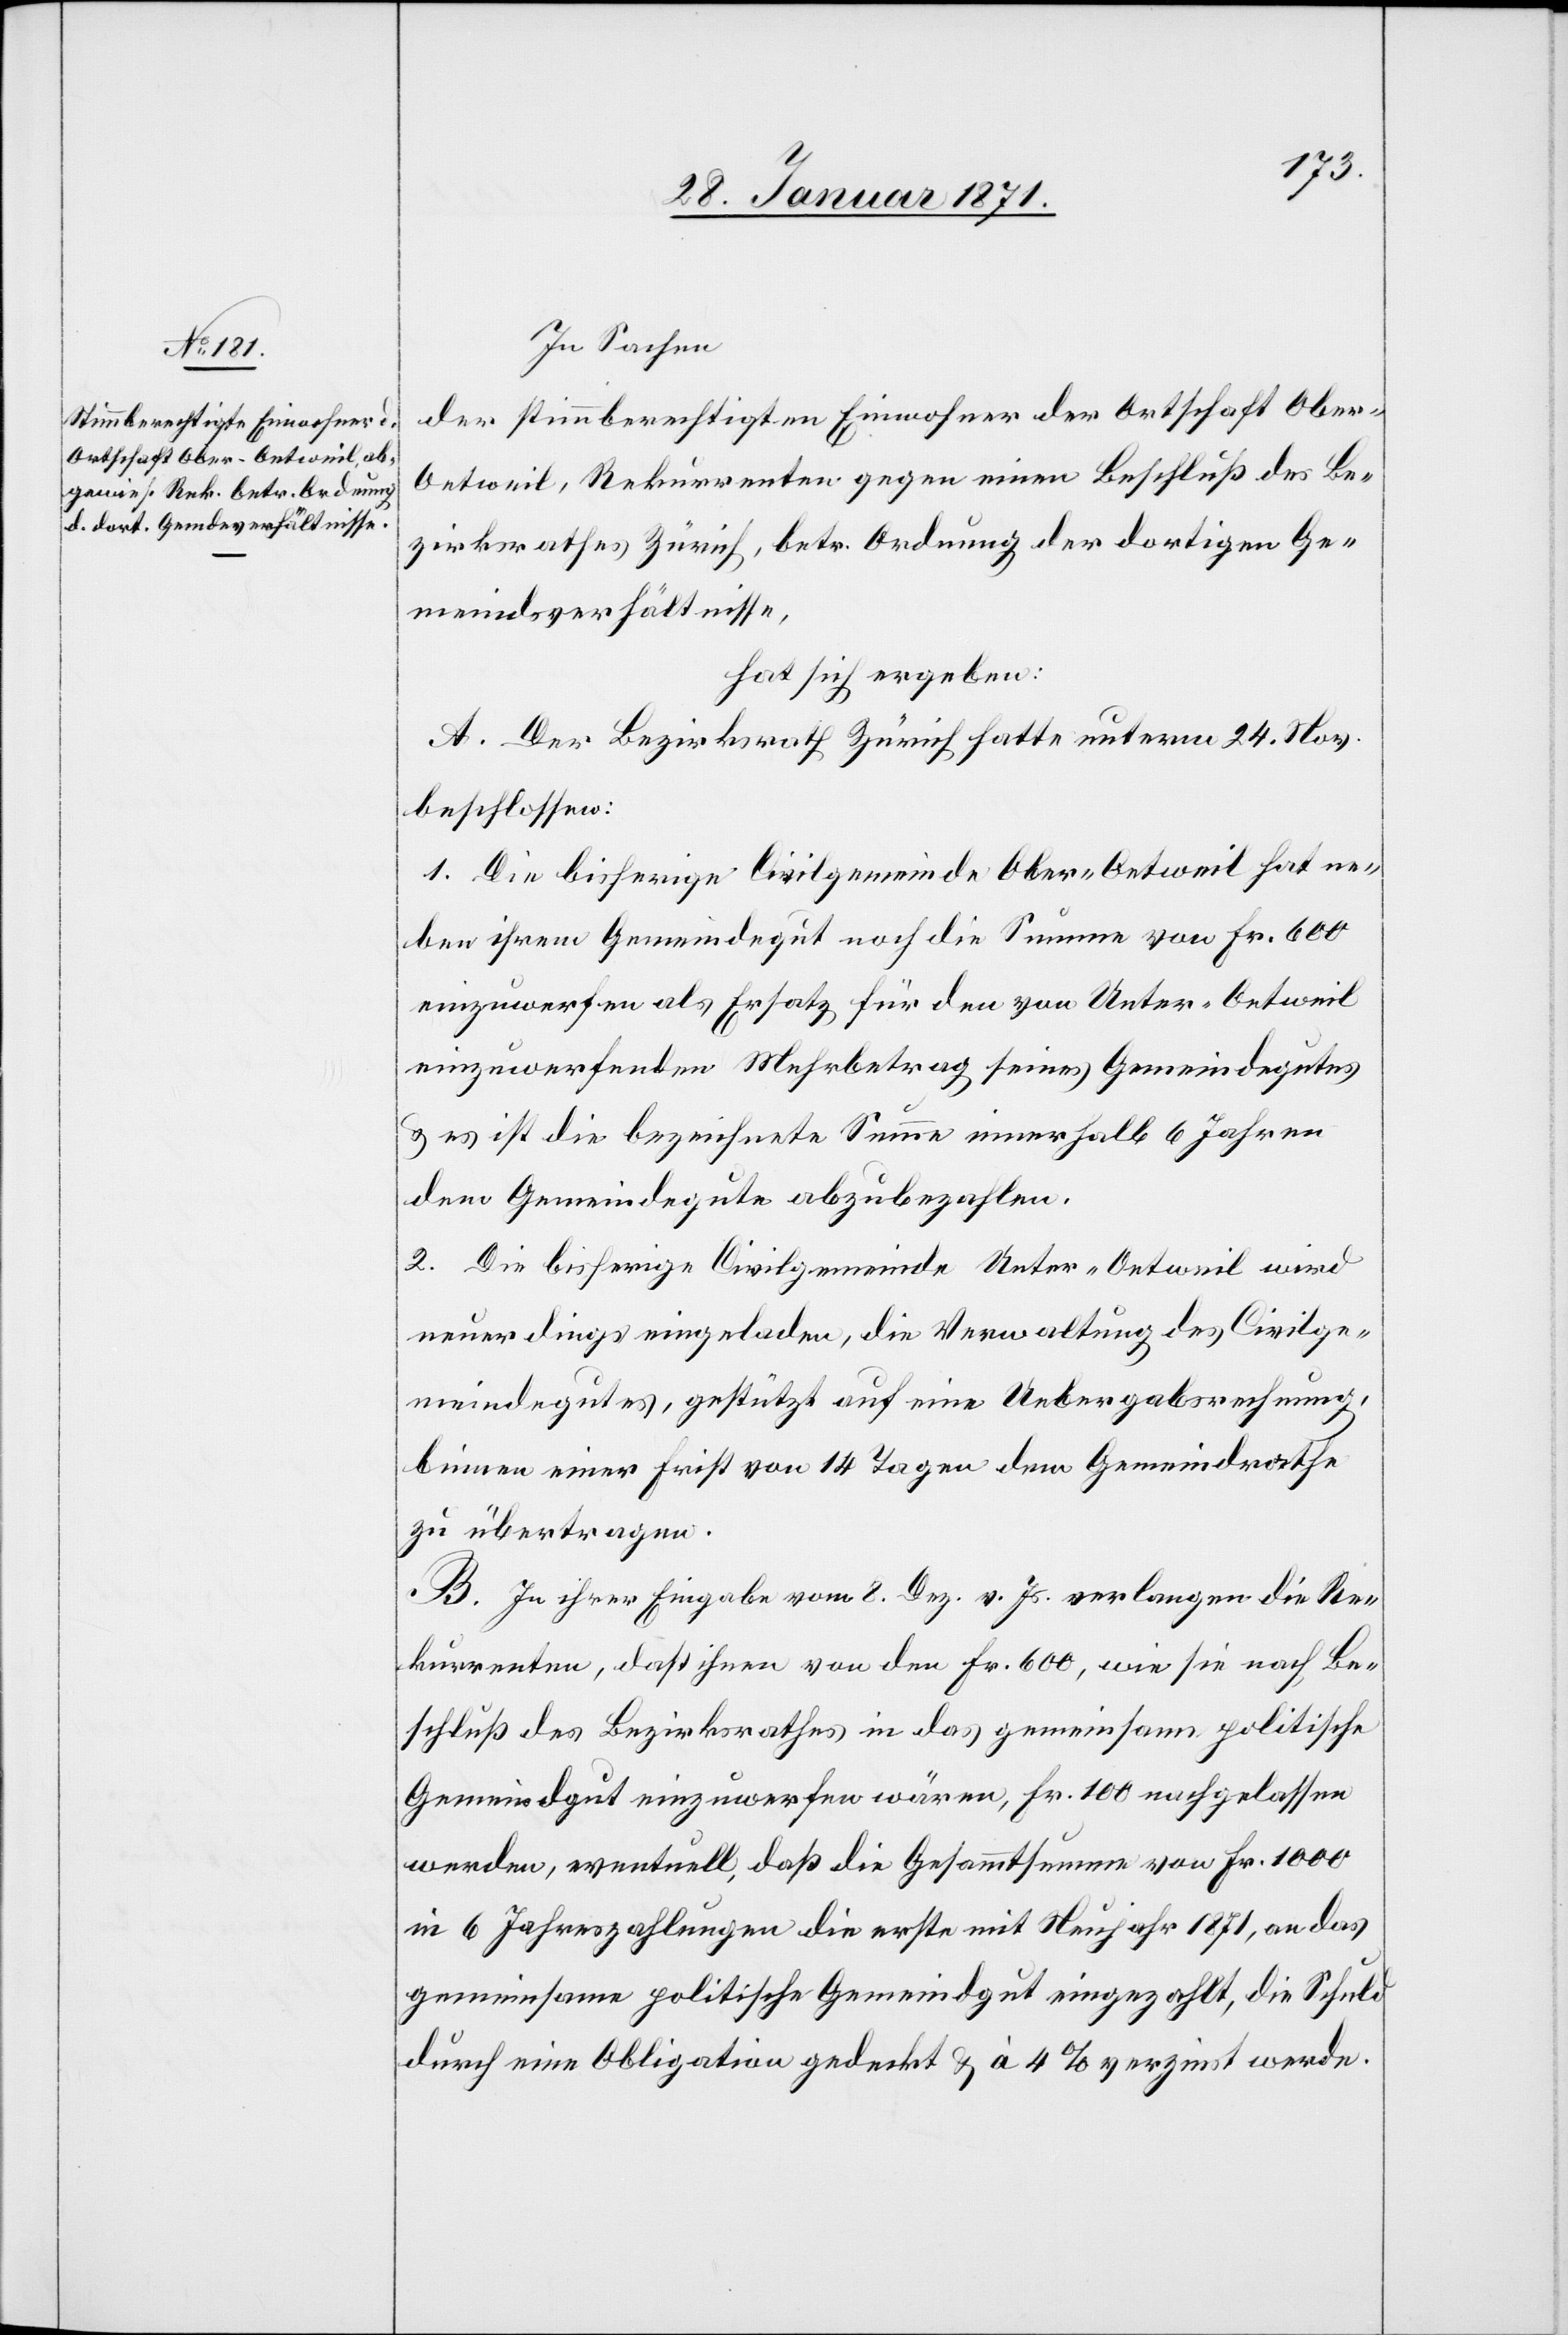
In Sachen
der stimmberechtigten Einwohner der Ortschaft Ober-O¬
etweil, Rekurrenten gegen einen Beschluß des Be¬
zirksrathes Zürich, betr. Ordnung der dortigen Ge¬
meindsverhältnisse,
hat sich ergeben:
A. Der Bezirksrath Zürich hatte unterm 24. Nov.
beschlossen:
1. Die bisherige Civilgemeinde Ober-Oetweil hat ne¬
ben ihrem Gemeindegut noch die Summe von Fr. 600
einzuwerfen als Ersatz für den von Unter-Oetweil
einzuwerfenden Mehrbetrag seines Gemeindegutes
u. es ist die bezeichnete Summe innerhalb 6 Jahren
dem Gemeindegute abzubezahlen.
2. Die bisherige Civilgemeinde Unter-Oetweil wird
neuerdings eingeladen, die Verwaltung des Civilge¬
meindegutes, gestützt auf eine Uebergabsrechnung,
binnen einer Frist von 14 Tagen dem Gemeindrathe
zu übertragen.
B. In ihrer Eingabe vom 8. Dez. v. Js. verlangen die Re¬
kurrenten, daß ihnen von den Fr. 600, wie sie nach Be¬
schluß des Bezirksrathes in das gemeinsame politische
Gemeindgut einzuwerfen wären, Fr. 100 nachgelassen
werden, eventuell, daß die Gesammtsumme von Fr. 1000
in 6 Jahreszahlungen die erste mit Neujahr 1871, an das
gemeinsame politische Gemeindgut eingezahlt, die Schuld
durch eine Obligation gedeckt u. à 4 % verzinst werde.